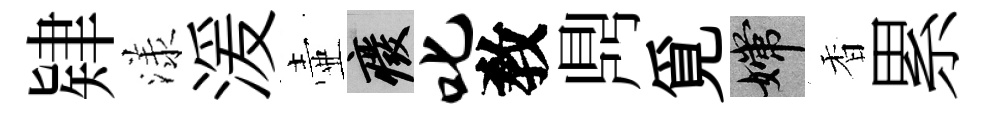
肄漾湲壷廢叱敎𪔂覓嫦香累